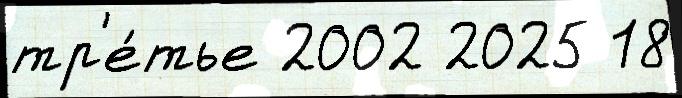
тр'е́тье 2002 2025 18